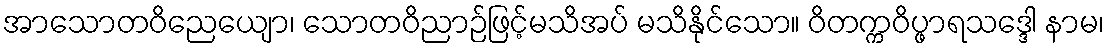
အာသောတဝိညေယျော၊ သောတဝိညာဉ်ဖြင့်မသိအပ် မသိနိုင်သော။ ဝိတက္ကဝိပ္ဖာရသဒ္ဒေါ နာမ၊